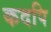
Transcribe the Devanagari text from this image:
कदपि